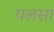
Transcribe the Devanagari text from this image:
पलसा